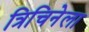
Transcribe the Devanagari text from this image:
त्रिचिनेला